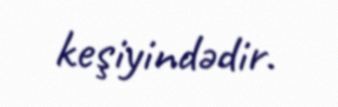
keşiyindədir.